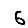
Digit: 6